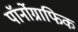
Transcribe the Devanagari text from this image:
पॉर्नोग्राफिक